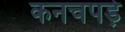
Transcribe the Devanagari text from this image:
कनचपड़े